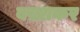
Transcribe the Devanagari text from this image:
बख़्शकर